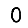
Digit: 0